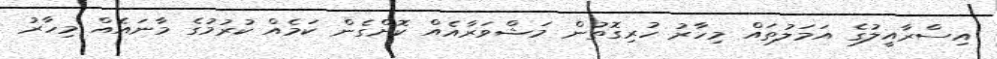
އިސްރާއީލުގެ އަމަލުތައް މިހާރު ހުރިގޮތުން މަޝްވަރާއެއް ކޮށްގެން ކަމެއް ކުރުމުގެ މާނައެއް މިހާރު